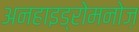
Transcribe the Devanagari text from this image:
अनहाइड्रोमनोज़